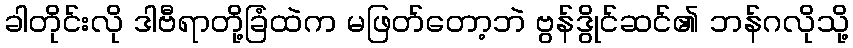
ခါတိုင်းလို ဒါဗီရာတို့ခြံထဲက မဖြတ်တော့ဘဲ ဗွန်ဒွိုင်ဆင်၏ ဘန်ဂလိုသို့